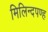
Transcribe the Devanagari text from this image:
मिलिन्दपण्ह